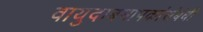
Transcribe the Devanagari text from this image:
वायुदाबमापकांसंबंधी